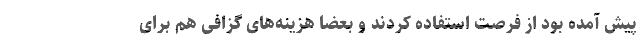
پیش آمده بود از فرصت استفاده کردند و بعضا هزینه‌های گزافی هم برای